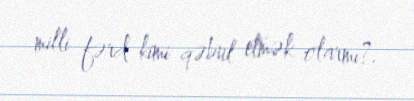
milli fərd kimi qəbul etmək olarmı?.